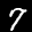
Label: 7